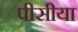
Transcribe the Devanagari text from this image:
पीसीया